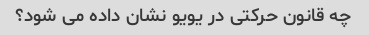
چه قانون حرکتی در یویو نشان داده می شود؟